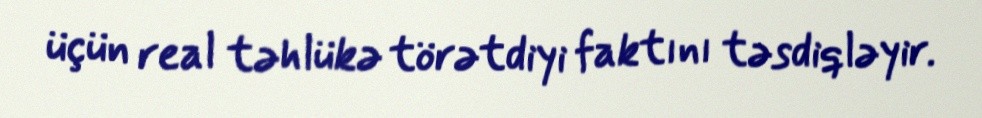
üçün real təhlükə törətdiyi faktını təsdiqləyir.